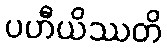
ပဟီယိဿတိ